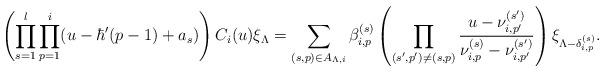
LaTeX: \begin{align*}\left( \prod_{s=1}^{l}\prod_{p=1}^{i} (u - \hbar'(p - 1) + a_s) \right) C_i(u) \xi_{\Lambda} = \sum_{(s,p) \in A_{\Lambda,i}} \beta_{i,p}^{(s)} \left( \prod_{(s',p') \neq (s,p)} \dfrac{u - \nu_{i,p'}^{(s')}}{\nu_{i,p}^{(s)} - \nu_{i,p'}^{(s')}} \right) \xi_{\Lambda - \delta_{i,p}^{(s)}}. \end{align*}